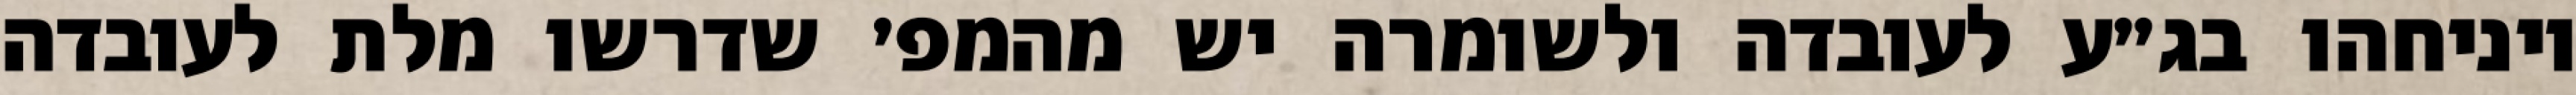
ויניחהו בג״ע לעובדה ולשומרה יש מהמפ׳ שדרשו מלת לעובדה